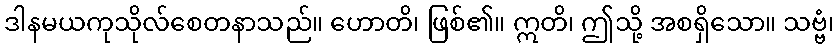
ဒါနမယကုသိုလ်စေတနာသည်။ ဟောတိ၊ ဖြစ်၏။ ဣတိ၊ ဤသို့ အစရှိသော။ သဗ္ဗံ၊